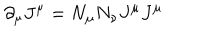
LaTeX: \partial _ { \mu } J ^ { \mu } = N _ { \mu } N _ { \nu } J ^ { \mu } J ^ { \mu }